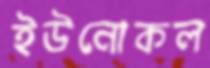
ইউনোকল